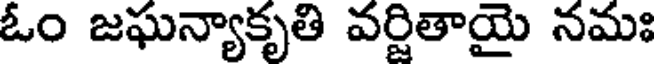
ఓం జఘన్యాకృతి వర్జితాయై నమః